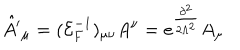
{ \hat { A ^ { \prime } } } _ { \mu } = ( { \mathcal { E } } _ { F } ^ { - 1 } ) _ { \mu \nu } A ^ { \nu } = e ^ { \frac { \partial ^ { 2 } } { 2 \Lambda ^ { 2 } } } A _ { \mu }